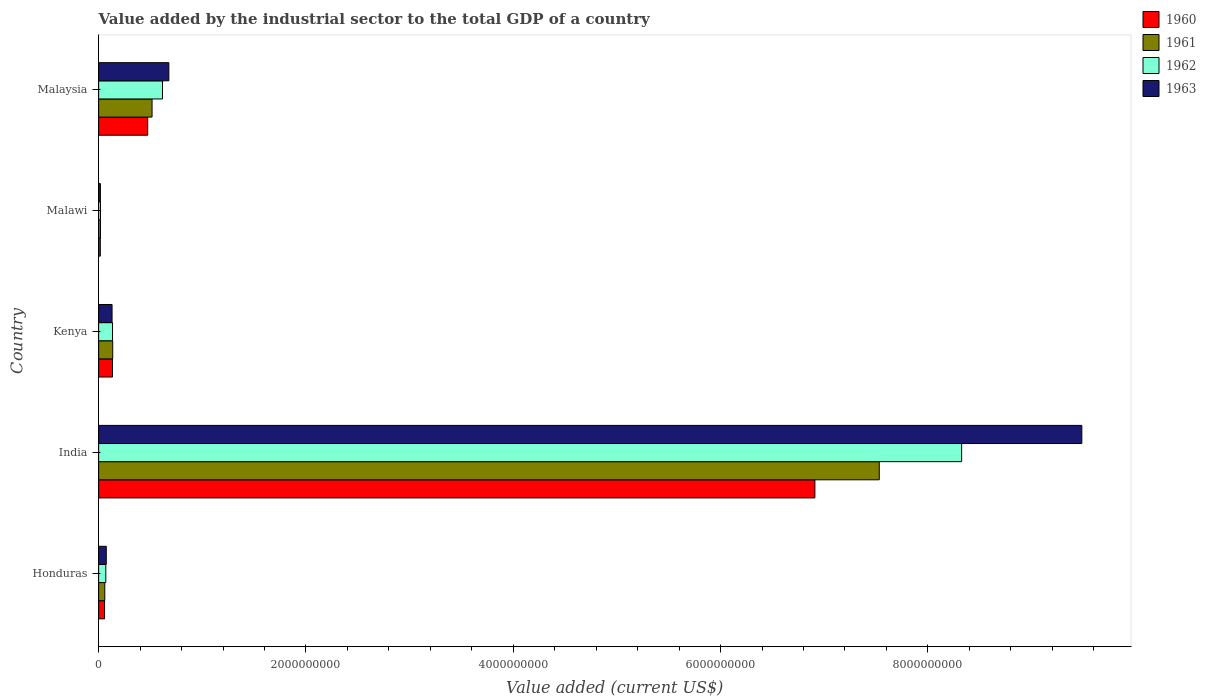
| Country | 1960 | 1961 | 1962 | 1963 |
 | --- | --- | --- | --- | --- |
 | Honduras | 5.73e+07 | 5.94e+07 | 6.92e+07 | 7.38e+07 |
 | India | 6.91e+09 | 7.53e+09 | 8.33e+09 | 9.49e+09 |
 | Kenya | 1.34e+08 | 1.36e+08 | 1.34e+08 | 1.3e+08 |
 | Malawi | 1.62e+07 | 1.76e+07 | 1.78e+07 | 1.69e+07 |
 | Malaysia | 4.74e+08 | 5.15e+08 | 6.16e+08 | 6.77e+08 |